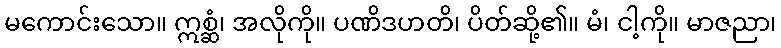
မကောင်းသော။ ဣစ္ဆံ၊ အလိုကို။ ပဏိဒဟတိ၊ ပိတ်ဆို့၏။ မံ၊ ငါ့ကို။ မာဇညာ၊